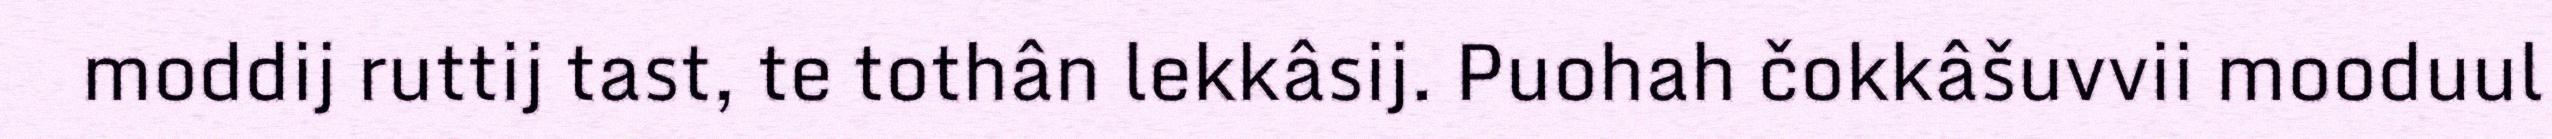
moddij ruttij tast, te tothân lekkâsij. Puohah čokkâšuvvii mooduul